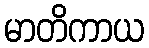
မာတိကာယ